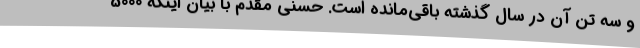
و سه تن آن در سال گذشته باقی‌مانده است. حسنی مقدم با بیان اینکه 5000